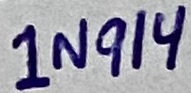
Text: 1N914